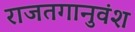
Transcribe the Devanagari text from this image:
राजतगानुवंश